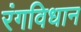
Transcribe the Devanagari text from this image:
रंगविधान